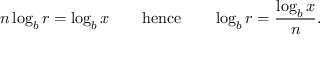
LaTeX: n \log _ { b } r = \log _ { b } x \quad \quad { \mathrm { h e n c e } } \quad \quad \log _ { b } r = { \frac { \log _ { b } x } { n } } .